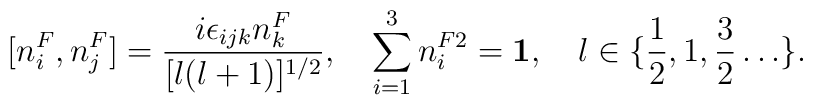
[n_i^F, n_j^F] = \frac{i \epsilon_{ijk} n_k^F}{[l(l+1)]^{1/2}}, \quad \sum_{i=1}^3 n_i^{F2} = {\bf 1}, \quad l \in\{\frac{1}{2}, 1, \frac{3}{2} \ldots \}.